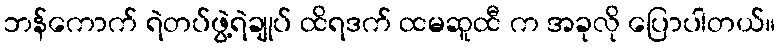
ဘန်ကောက် ရဲတပ်ဖွဲ့ရဲချုပ် ထိရဒက် ထမဆူထီ က အခုလို ပြောပါတယ်။